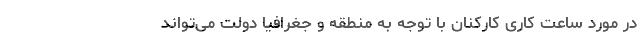
در مورد ساعت کاری کارکنان با توجه به منطقه و جغرافیا دولت می‌تواند